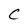
Character: C